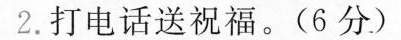
2.打电话送祝福。(6分)